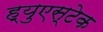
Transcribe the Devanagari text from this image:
ह्युएस्टेक